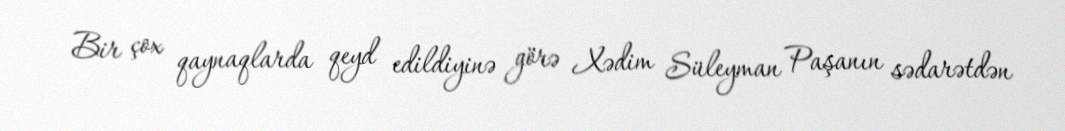
Bir çox qaynaqlarda qeyd edildiyinə görə Xədim Süleyman Paşanın sədarətdən